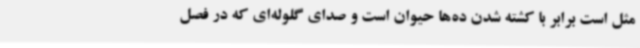
مثل است برابر با کشته شدن ده‌ها حیوان است و صدای گلوله‌ای که در فصل